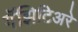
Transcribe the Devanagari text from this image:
गॅझिटिअरे